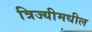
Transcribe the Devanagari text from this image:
त्रिज्यीमधील